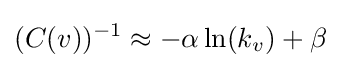
(C(v))^{-1}\approx -\alpha \ln(k_{v})+\beta